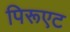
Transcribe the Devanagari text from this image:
पिरूएट